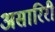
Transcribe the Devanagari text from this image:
असारिरी